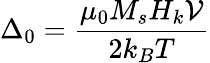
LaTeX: \Delta_{0}=\frac{\mu_{0}M_{s}H_{k}\mathcal{V}}{2k_{B}T}